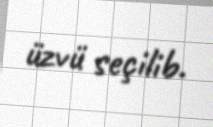
üzvü seçilib.